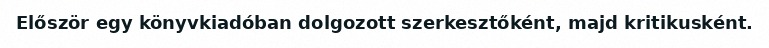
Először egy könyvkiadóban dolgozott szerkesztőként, majd kritikusként.